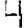
Digit: 4